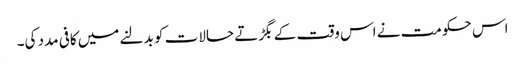
اس حکومت نے اس وقت کے بگڑتے حالات کو بدلنے میں کافی مدد کی۔